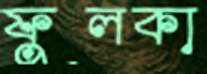
ফুলকা